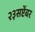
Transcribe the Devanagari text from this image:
२३सप्टेंबर